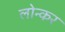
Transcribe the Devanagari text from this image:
लोन्कर